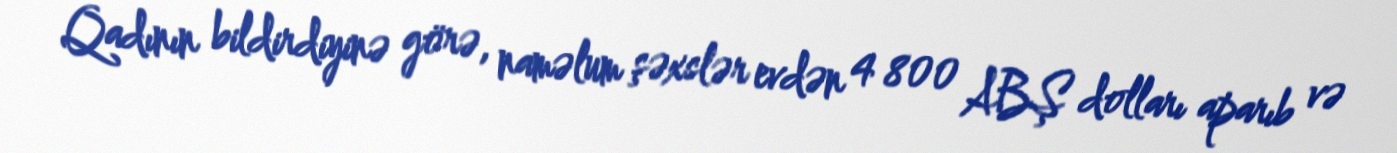
Qadının bildirdiyinə görə, naməlum şəxslər evdən 4 800 ABŞ dolları aparıb və